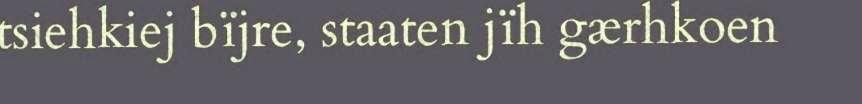
tsiehkiej bïjre, staaten jïh gærhkoen